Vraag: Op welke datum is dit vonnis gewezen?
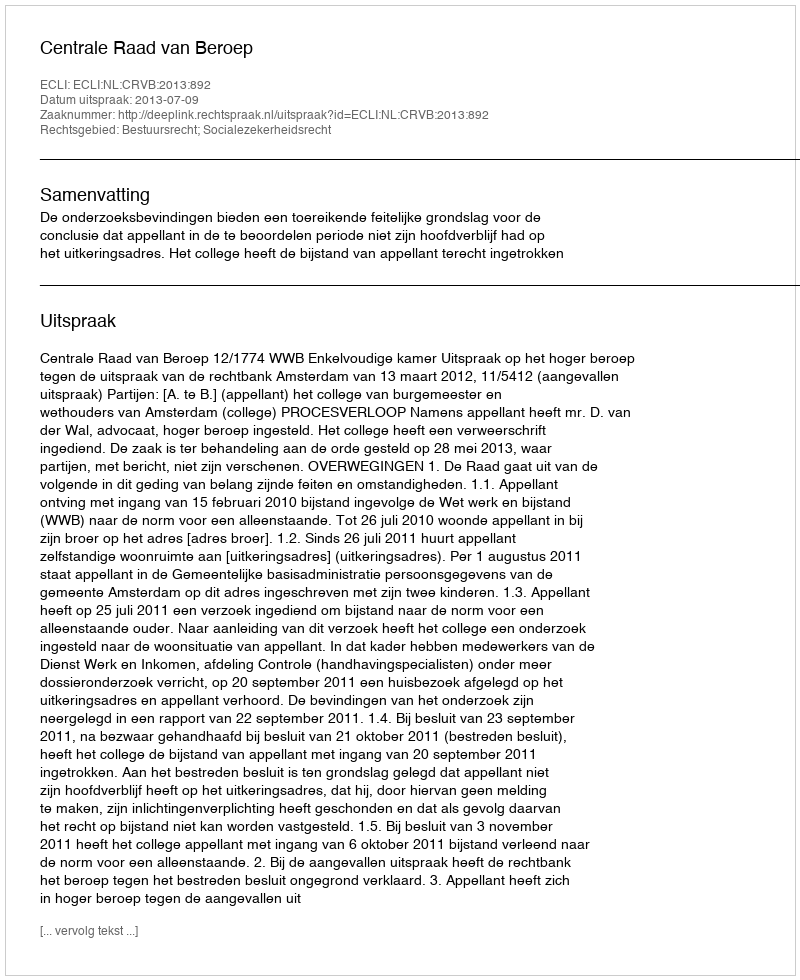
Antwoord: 2013-07-09